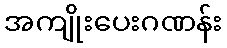
အကျိုးပေးဂဏန်း